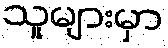
သူများမှာ